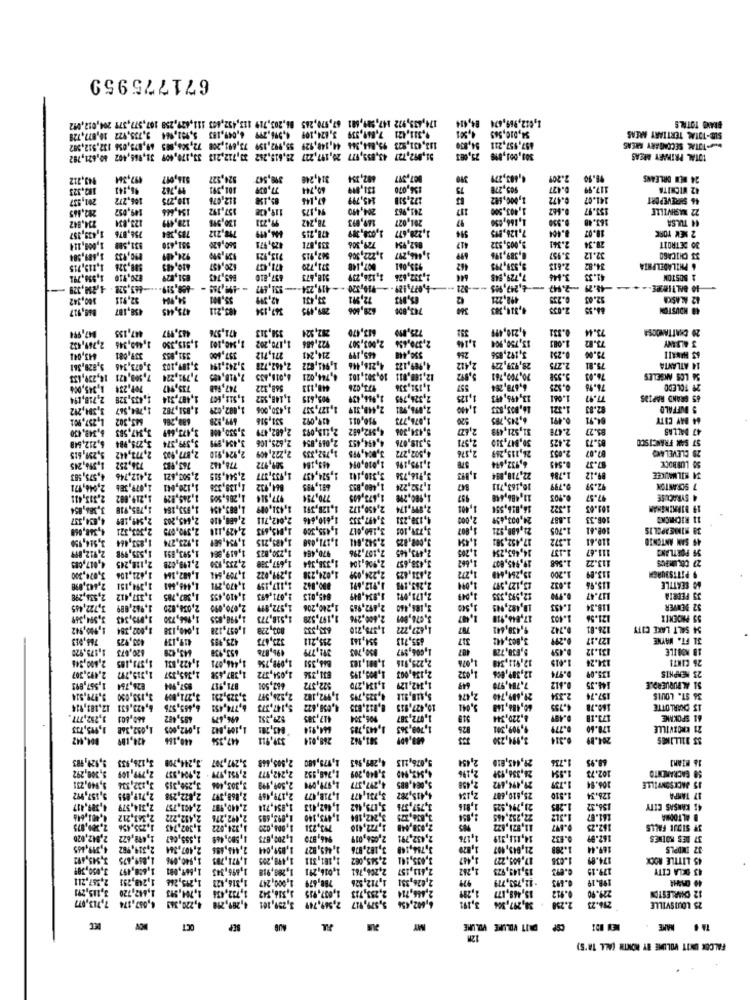
671775959
174,439,972 147,989,601 67,970,265 04,203,719 113,432,443 111,629,258 167,577,379 204,012,012
$4,010,505 4,501
1,612,969,674 84,414
BRAND TOTALS
9,311,421 7,860,339 3,624,109 0,996,299 6,049,183 5,151,944 9,735,922 10,877,720
457,957,211 54,830
SIM-TOTAL TERTIARY AREAS
113,431,823 99,044,366 44,148,129 55,992,159 73,691,208 72,306,005 69,875,056 137,512,582
TOTAL SECONDARY AREAS
31,092,727 43,859,977 20,197, 227 25,615,262 30,712,213 33,170,609 31,965,402 80,621,792
300,001,819 25,083
TOTAL PRIMAET AREAS
943,212
497,364
526,017
524.527
390,547
314,248
492,354
007,397
390
4,483,279
2.209
24 BEM ORLEANS
182.323
96,141
19,767
101,391
77,009
60,744
156,070
905,278
9.427
117.99
42 WICHITA
201,537
106,272
110,275
112,076
67,145
145,799
172,518
1,000,682
0.472
141.07
46 SHREVEPORT
282,465
149,052
154,4
157,192
119,438
94,175
204, 490
241,963
1,403.500
0.647
133.97
22 MASHVILLE
234,842
123,834
129,419
130,918
99,231
78,242
149,993
201,027
1,166,650
0.950
163.48
44 TULSA
1,038,389
97
7,126,995
2 NEW YORK
756,876 1,439,357
785,384
798,212
471,215
1,220,677
514
18.07
831,588 1,009,114
951,410
560,420
425,971
335,871
729,306
862,954
447
9,005,532
2.341
28.34
30 DETROIT
190,433 1,489,584
924,489
137.999
713,921
962,915
1,446,297 1,222,306
0,389,196
3.957
32.12
33 CHICAGO
988,326 1,119,715
410,483
620,457
471,4037
371,720
007,148
933,061
442
9,539,795
2.613
34.82
6 PHILADELPHIA
1,958,791
820,910
851,029
865,743
657,810
318,473
1,126,739
1,332,626
644
7,729,948
3.646
41.33
1 BOSTON
-443,528 - 4,250,329
-489.519-
419,234 --
-, 247.105 --- 821 --- 4,077,429 -- #10,320 -
-- 2.947
-45.79
100,342
32,911
54.994
42,319
33,431
72,901
85,983
498,221
12 KASKI
88, 917
458,187
475,445
485,211
289,495
628,806
743,800
4,314,383
48 HDUSTE
447,155
282,324
613,470
725,990
4,210,499
0.332
73.44
20 CHATTANDOSA
847,994
443,997
471,5%
358,313
122,4
1,10
13,750,904
1.083
73.82
2,769,432
1,440,346
1,515,350
1,340,101
1,170,202
445,199
2,003,507
0.252
75.00
3 ALANY
43,041
339,081
351,853
357,600
271,712
214,241
550,448
286
3,192,856
6S HAWAII
9,820,361
3,673,346
3,187,103
3,243,194
2,462,728
1,941,832
4,216,446
4.989,123
2,412
28,939,229
2.275
75.81
14 ATLANTA
7,509,021 14,239,433
7,791,224
7,918,685
6,011, 435
4,744,021
12,160,811 10,301,101
3,82
70,700,761
5.958
76.03
56 LOS ANGELES
0,345,004
709,234
735,947
747,948
568,322
448,113
173,026
1,151,336
557
6,678,264
0.525
78.96
29 TOLEDO
2,718,194
1,433,328
1,487,3
1,512,6
1,148,552
905,615
2,326,795
1,125
13,495,493
1.061
65 GRAND RAPIDS
3,384,292
1,784,567
1,082,029 1,851,782
1,430,006
1,177,537
2,448,319
2,098,981
1,410
1.321
2.83
S BUFFALO
643,302 1,257,901
688,266
699,828
531,516
419,092
910,011
1.076,773
520
6,245,785
0.491
84.91
64 BAY CITY
3,347,583 6,348,430
3,473,649
2,682,479
2,118,093
4,512,682
5.434,306
2,677
31,521,499
2.479
35.27
47 DALLAS
3,279,984 6,212,648
2,625,106 3,454,999
4,494,453
5,318,076
2,571
30,847,330
2.425
83.73
ST SAN FRANCISCO
3,399 374
2,049,854
4,502,272
2,376
26,115,269
2.053
0.07
5,259,615
2,773,442
,222,409 2,924,910 2,877,99
1,752,335
3,924,9
6,932,694
0.549
25 CLEVELAND
736,252 1,596,245
763,985
778,442
459,184
1,000,
3,193,198
1,853
1.786
87.37
50 LUBBOCK
2,412,746 4,575,583
1,933,377 2,544,515 2,503,421
1,524,437
3,310,101
3,916,734
22,718,894
09.12
34 MILWAUKEE
1,079,386 2,946,171
864,932 1,138,336 1,120,001
681,985
1,732,224
10,163,711
9.799
92.59
7 SCRANTON
1,219,082 2,313,411
1,245,929
977,514 1,286,505
770,754
1,673,41
1,980,299
11,486,448
0.903
97.57
4 SYRACUSE
1,431,099 1,083,454 1,953,184 1,785,918 3,386,
1.128,311
2,450,172
16,53
1.322
101.03
19 BIRMINGHAM
2,509,189 4,434,337
2,645,203
2,012,711 2,488,410
1,610,646
3,497,333
4,130,231
1.887
108.33
11 RICHICK:
2,303,321 4,368,068
2,500,079
1,495,300 1,045,693 2,429,110
3,180,0
3,739,10
1.705
108.41
38 MINEAPOLIS
853,464 3,514,950
1,923,274
1,485,215 1,934,689
2,542,012 1,171,050
3,000,25
1.372
110.41
49 SAN ANTONIO
1,505,998 2,912,09
1,593,831
1,230,825 1,619,954
970,484
2,493, 665 2,107,296
,205
4,463,
1.157
111.67
99 PORTLAND
2,118,245 4,017,089
1,417,380 2,235,130 2,198,028
1,338,364
3,458,657
1,662
1.568
113.22
27 CAMPUS
1,024,238 3,299,022 1,709,644 1,682,164 1,421,106 3,074,300
2,431,6
29,94;
1.200
2,224,0
113.99
9 PITTSBURGH
890,042 2,117,159 1,470,211 1,448,661 1,394,151 2,443,0
2,263,
13,127.597
115.96
40 SEATTLE
1,337,412 2,534,298
3,410,455 1,387,785
845,013 2,071,693
2,171,09: 1,934,849
1,000
2,993,335
117.47
39 FEERIA
1,240,206 1,572,899 2,670,099 2,034,020 1,962,089 3,722,465
2,492,989
3,186,
1,500
0,482,945
1. 493
118.34
52 DENVER
3,594,349
2,600,296 1,197,528 1,518,773 1,998,855 1,966,730 3,095,343
3,676,001
17.8
1.493
121.56
803,228 1,057,128 1,040,138 1,002,384 1,990,942
1,627,222 1,375,210
787
442
.742
126.81
54 SALT LAKE CITY
403,925 768,013
419,139
425,985
323,473
295,211
954,141
337
4
127.27
31 FT. WAYNE
620,073 1,179,920
643,429
653,938
496,878
391,779
1,606,997
8.459
131.12
18 MOBILE
1,373,185 2,600,346
1,098,75%
864, 351
1,981,183
2,225,916
1.615
134.24
26 CANT!
1,422,834
1,446,071
1,005,195
1,032
135.09
1,315,797 2,493,307
2,345,357
1,387,458
1,054,372
2,138,003
12,38
0.612
23 MEMPHIS
826,754 1,567,893
857.984
871,917
667,501
$22,372
1,134,270
1,342,127
649
7.784, 979
144.35
SA ALBUQUERO.E
9,979,914
3,153,050
3,271,00%
3,325,23:
4,325,795 1,992,182 2,526,597
5,418,512
2,474
29,689,7
2.334
157.74
36 ST. LOUIS
6,423,631 12,181,914
6,465,576
6,774,451
5,147,373
4,058,672
0,812,835
10,427,935
3,041
60,484,18
4.755
160.78
13 CHARLOTTE
860,601 3,252,777
685,482
696, 479
529,351
417,385
906,304
1,072,387
4,220,34
173.18
61 SPOKME
1,052,368 1,995,733
1,012,005
1,109,042
843,20:
644,914
1,443,785
1,708, 343
826
9,909,301
9.79
178.60
21 KNOXVILLE
804.142
424,199
440,166
447,356
339,911
268,014
381,942
3,994,250
1.314
204.89
SS BILLINGS
5,129, 993
3,297,707 .3,244,700 3,126,933
2,505,448
4,299,943
5,076,115
2,454
29,443,810
1.734
48.95
16 MIAMI
1,979,480
3,040,209 1,748,952 2,242,977 2,951,979
24,356, 99
1.954
102.73
SO SACRAMENTO
3,300,292
2,951,979 . 2,904,537 2,799,109
4,543,000
2,450
1.739
3.250,315 3,132,536 5,940,23!
2,509,199 3,303,406
5,084,885 4,297,377 1,979,994
29, 196, 692
306.94
15 JACKSONVILLE
4,415,282 3,731,477 1,718,477 2,179,469 2,868,397 2,822,298 2,719,099 5,157,992
2,134
25,610,687
1.810
126.34
17 TAMPA
3,757,378 3,175,442 1,462,413 1,854,714 2,440,987 2,401,757 2,314,579 4,389,417
1,016
21,794,525
1.285
156.32
45 KANSAS CITY
7,834,125 3,242,184 1,493,140 1,893,685 2,492,276 2,432,222 7,343,212 0,001,646
2,854
22,253,445
161.07 1.312
ALTOONA
773,231 1,005,020 1,324,022 1,302,743 1,235, 456 2,200,075
2,030,448 3,722,410
11,971,472
167.25
WY SIDJE FALLS
946,879 1,200,873 1,580,448 1,555,067 1,499,622 2,942,020
2,432,791 2,056,019
1,176
14,111,319
162.99 0.632
37 DES MOINES
3,784,148 3,182,876 1,469,827 1,859,044 2,443,696 2,407,364 2,319,982 4,319,865
1,829
21,643,407
169.44 1.288
32 INDPLS
1,540,096 1,859,675 3,945,492
3,435,142 2,545,062 1,181,311 1,498,205 1,971,785
17,005,227 1,447
174.89 1.038
45 LITTLE ROCK
1,016,291 1,289,918 1,896,343 1,669,081 1,608,497 3,050,38
2,413,157 2,206,761
15,149,925 1,262
179.15 C.693
43 DCLA CITY
2,267,211
1,240,251
788,679 1,000,247 1,316,423 1,215,2
2,426,351 1,712,526
979
-12,753,779
198.19 6.693
1,442,720
1,74,
1,316, 542 1,732, 454
1,037, 935
2,446,714 2,253,713
1,299
15,469,177
229.90 0.912
7,713,077
4,067,374
4,289,210 4,220,34
3,259,101
2,569,749
6,602,456 5,579,917
30,297,304
2.250
296.23
12 CHARLESTON
25 LOUISVILLE
SEP
MY
PIT VOLUME VOLUME
TA 4 MAKE
121
FALCON UNIT VOLUME BY MONTH (ALL TA'S)